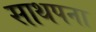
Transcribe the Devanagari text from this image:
साथपना